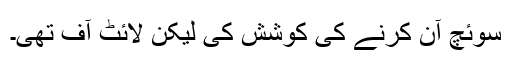
سوئچ آن کرنے کی کوشش کی لیکن لائٹ آف تھی۔